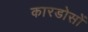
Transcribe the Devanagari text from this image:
कारडोसों